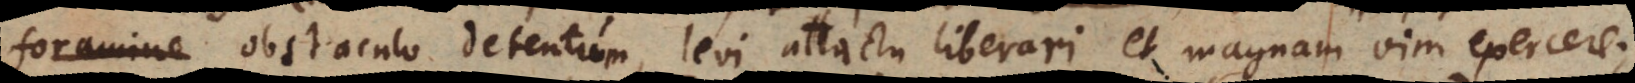
foramine obstaculo detentum, levi attactu liberari, et magnam vim exercere;